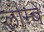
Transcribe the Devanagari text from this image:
लाम्बे